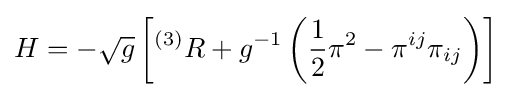
H=-{\sqrt {g}}\left[^{(3)}R+g^{-1}\left({\frac {1}{2}}\pi ^{2}-\pi ^{ij}\pi _{ij}\right)\right]